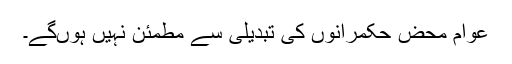
عوام محض حکمرانوں کی تبدیلی سے مطمئن نہیں ہوںگے۔